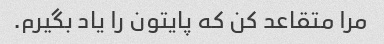
مرا متقاعد کن که پایتون را یاد بگیرم.